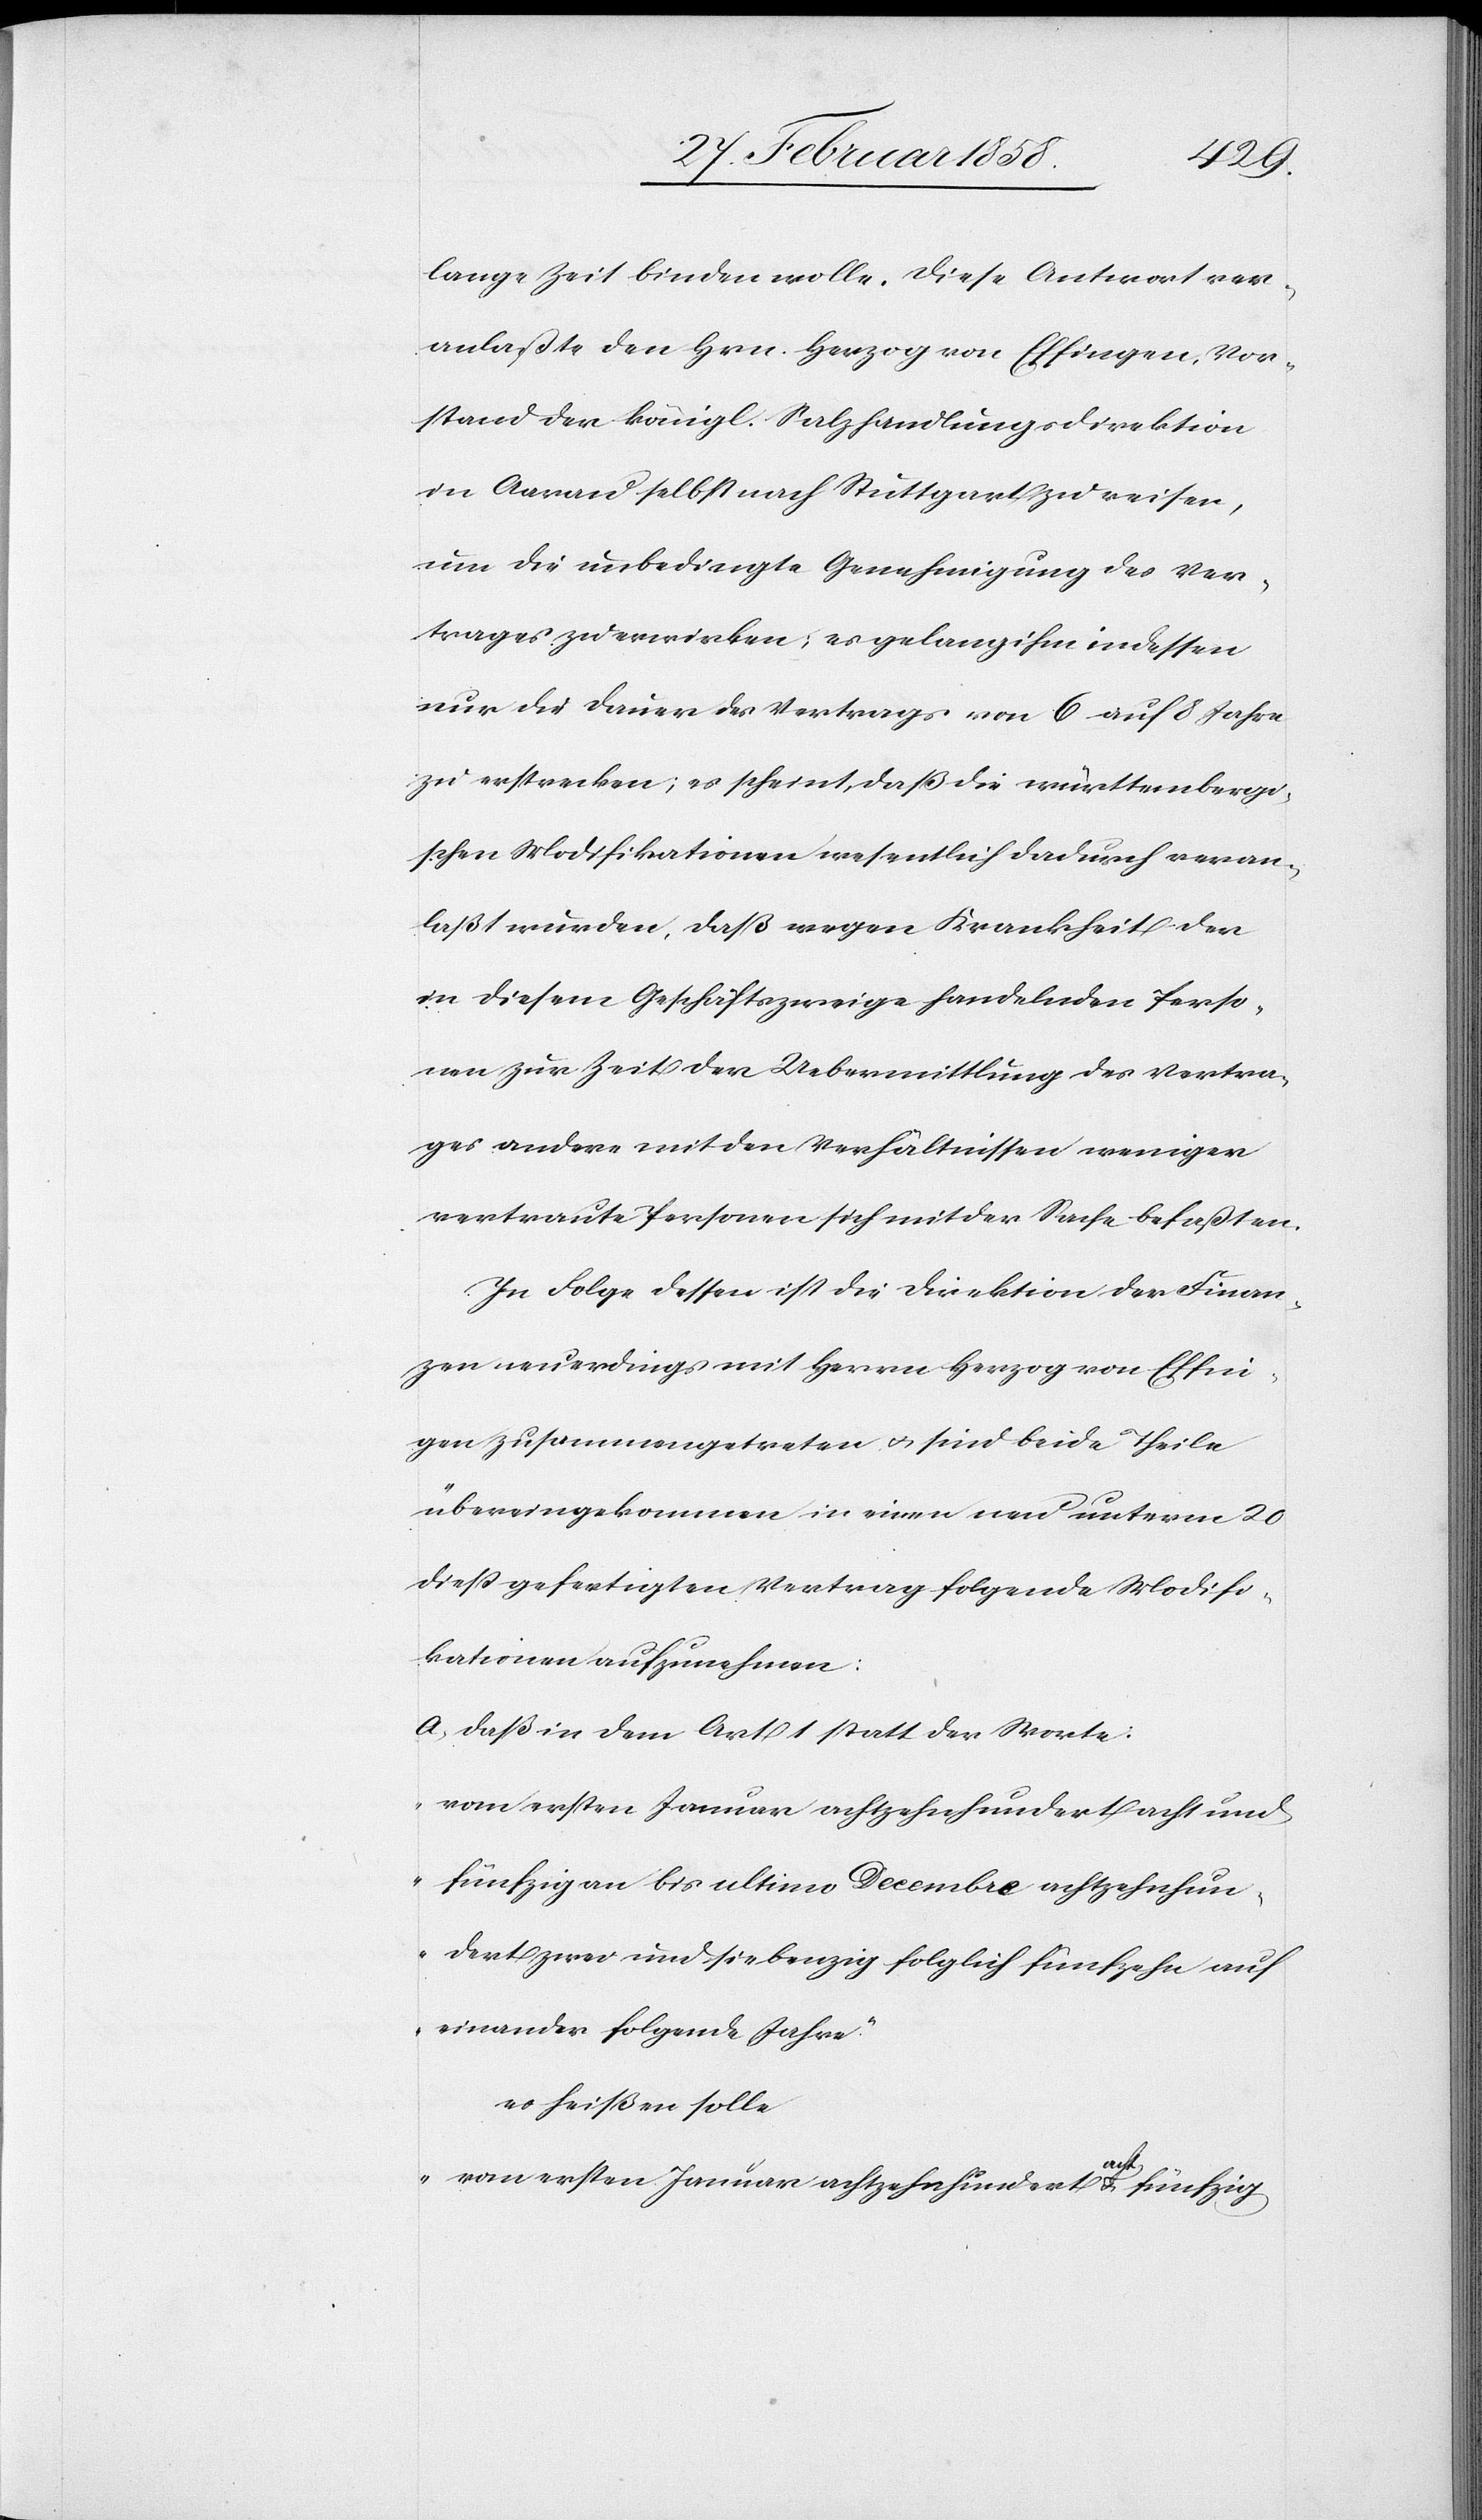
lange Zeit binden wolle. Diese Antwort ver¬
anlaßte den Hrn. Herzog von Effingen, Vor¬
stand der königl. Salzhandlungsdirektion
in Aarau selbst nach Stuttgart zu reisen,
um die unbedingte Genehmigung des Ver¬
trages zu erwirken; es gelang ihm indessen
nur die Dauer des Vertrags von 6 auf 8 Jahre
zu erstrecken; es scheint, daß die württembergi¬
schen Modifikationen wesentlich dadurch veran¬
laßt wurden, daß wegen Krankheit der
in diesem Geschäftszweige handelnden Perso¬
nen zur Zeit der Uebermittlung des Vertra¬
ges andere mit den Verhältnissen weniger
vertraute Personen sich mit der Sache befaßten.
In Folge dessen ist die Direktion der Finan¬
zen neuerdings mit Herrn Herzog von Effin¬
gen zusammengetreten u. sind beide Theile
übereingekommen in einen neu unterm 20
dieß gefertigten Vertrag folgende Modifi¬
kationen aufzunehmen:
a. Daß dem Art 1 statt der Worte:
„vom ersten Januar achtzehnhundert acht und
fünfzig an bis ultimo Decembre achtzehnhun¬
dert zwei und siebenzig folglich fünfzehn auf
einander folgende Jahre.“
es heißen solle
„vom ersten Januar achtzehn hundert acht u. fünfzig